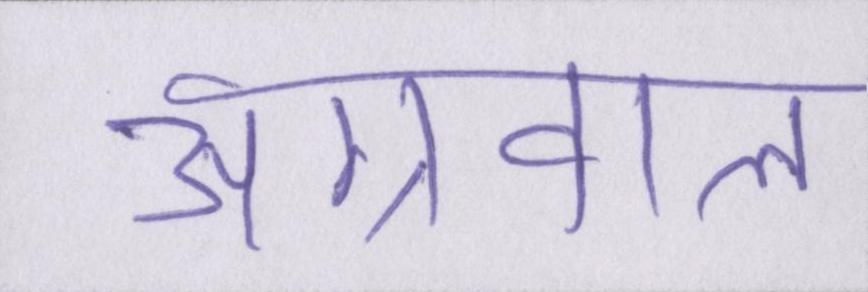
अग्रवाल